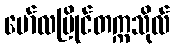
မော်လမြိုင်တက္ကသိုလ်